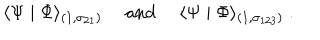
\langle \Psi \mid \Phi \rangle _ { ( 1 , \sigma _ { 2 1 } ) } ~ ~ \mathrm { a n d } ~ ~ \langle \Psi \mid \Phi \rangle _ { ( 1 , \sigma _ { 1 2 3 } ) } ~ .